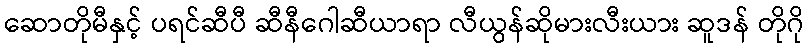
ဆောတိုမီနှင့် ပရင်ဆီပီ ဆီနီဂေါဆီယာရာ လီယွန်ဆိုမားလီးယား ဆူဒန် တိုဂို